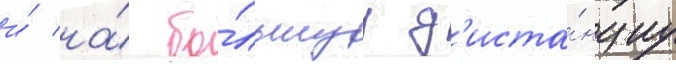
и́ на́ бо́льшуу д'иста́нциу